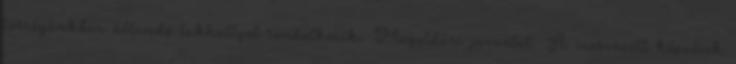
térségünkben állandó lakhellyel rendelkezik. Megoldási javaslat ▪A szervezett képzések